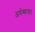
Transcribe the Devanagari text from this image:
अर्धव्यास।